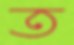
ত